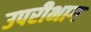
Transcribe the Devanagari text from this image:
उपरीभाग